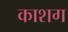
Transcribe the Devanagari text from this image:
काशग